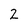
Character: 2